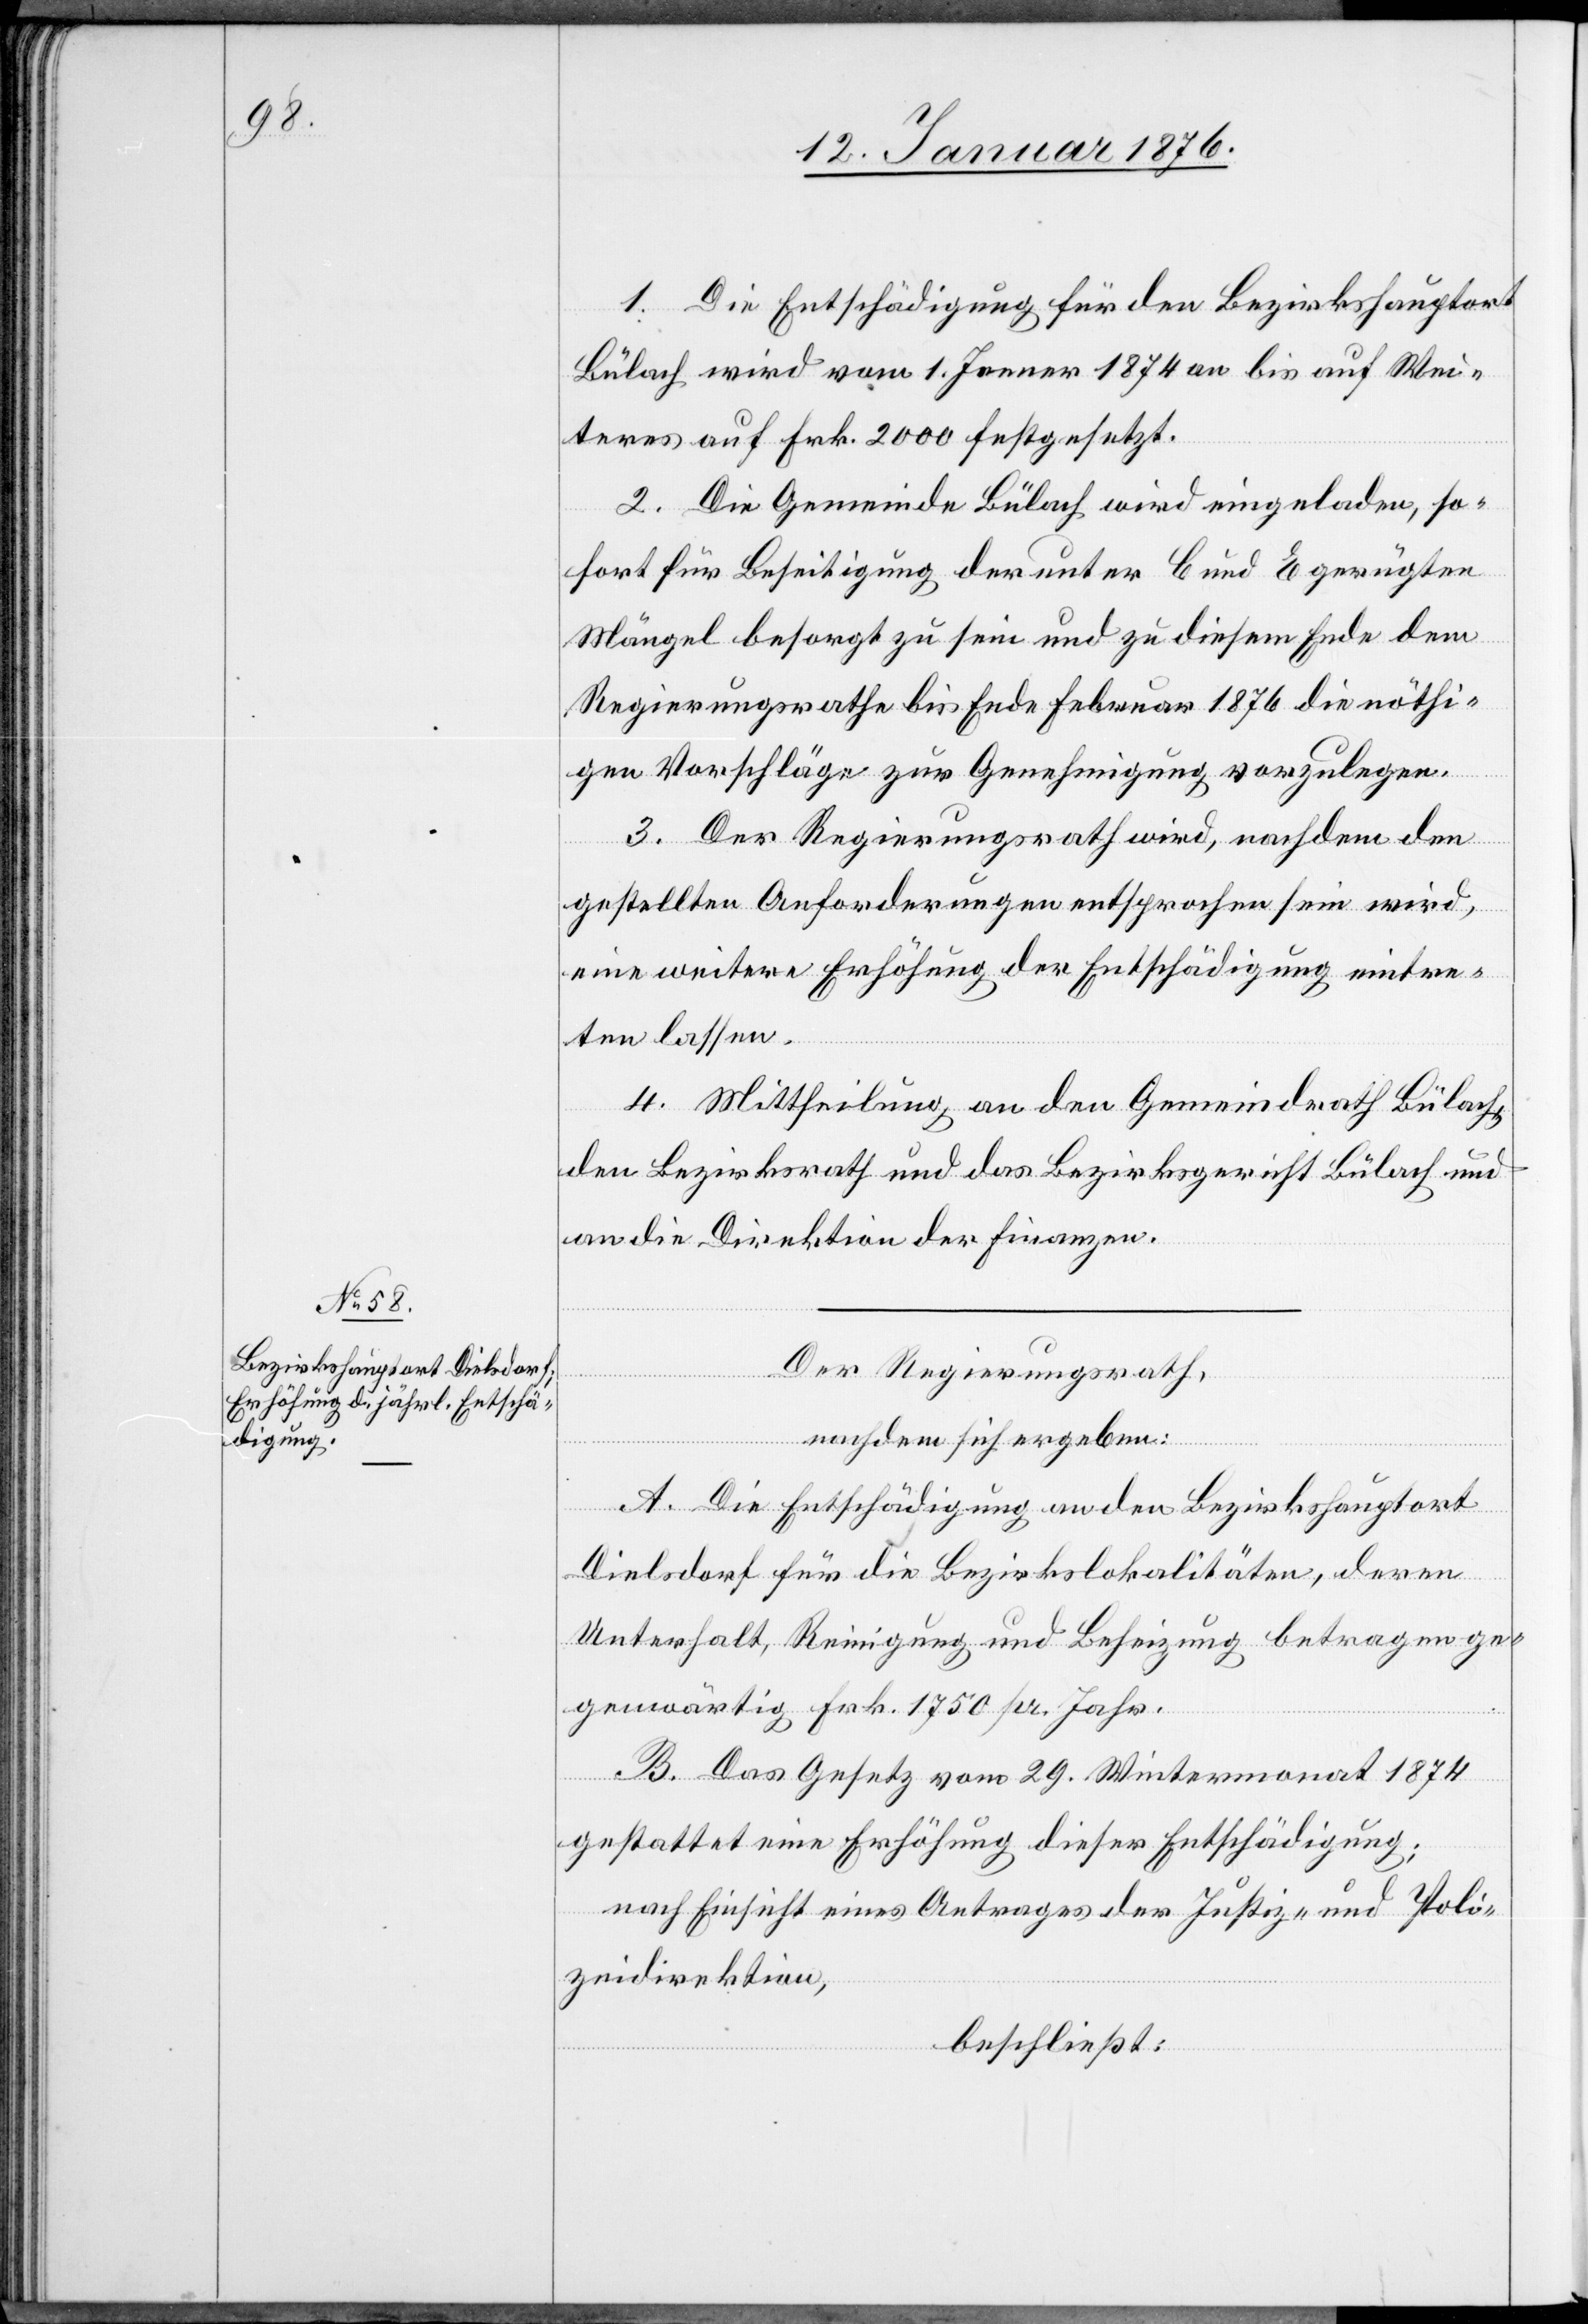
1. Die Entschädigung für den Bezirkshauptort
Bülach wird vom 1. Jenner 1874 an bis auf Wei¬
teres auf Frk. 2000 festgesetzt.
2. Die Gemeinde Bülach wird eingeladen, so¬
fort für Beseitigung der unter C und E gerügten
Mängel besorgt zu sein und zu diesem Ende dem
Regierungsrathe bis Ende Februar 1876 die nöthi¬
gen Vorschläge zur Genehmigung vorzulegen.
3. Der Regierungsrath wird, nachdem den
gestellten Anforderungen entsprochen sein wird,
eine weitere Erhöhung der Entschädigung eintre¬
ten lassen.
4. Mittheilung an den Gemeindrath Bülach,
den Bezirksrath und das Bezirksgericht Bülach und
an die Direktion der Finanzen.
Der Regierungsrath,
nachdem sich ergeben:
A. Die Entschädigung an den Bezirkshauptort
Dielsdorf für die Bezirkslokalitäten, deren
Unterhalt, Reinigung und Beheizung betragen ge¬
genwärtig Frk. 1750 pr. Jahr.
B. Das Gesetz vom 29. Wintermonat 1874
gestattet eine Erhöhung dieser Entschädigung;
nach Einsicht eines Antrages der Justiz- und Poli¬
zeidirektion,
beschließt: